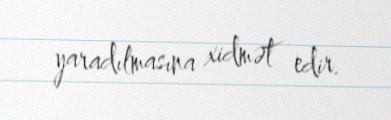
yaradılmasına xidmət edir.